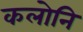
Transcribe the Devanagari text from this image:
कलोनि